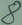
Text: 8